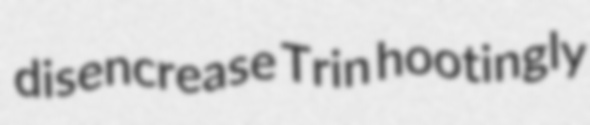
disencrease Trin hootingly